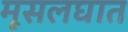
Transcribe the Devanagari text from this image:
मूसलघात